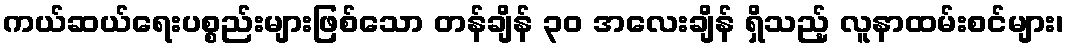
ကယ်ဆယ်ရေးပစ္စည်းများဖြစ်သော တန်ချိန် ၃၀ အလေးချိန် ရှိသည့် လူနာထမ်းစင်များ၊